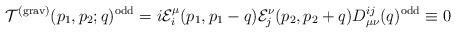
LaTeX: \begin{align*}{\cal T}^{({\rm grav})}(p_1,p_2;q)^{\rm odd}=i{\cal E}_i^\mu(p_1,p_1-q){\cal E}_j^\nu(p_2,p_2+q)D_{\mu\nu}^{ij}(q)^{\rm odd}\equiv0\end{align*}